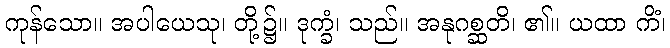
ကုန်သော။ အပါယေသု၊ တို့၌။ ဒုက္ခံ၊ သည်။ အနုဂစ္ဆတိ၊ ၏။ ယထာ ကိံ၊